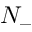
N _ { - }